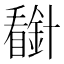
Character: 𰦈